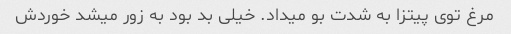
مرغ توی پیتزا به شدت بو میداد. خیلی بد بود به زور میشد خوردش